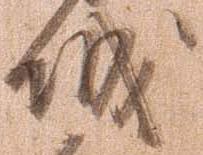
城